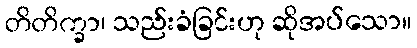
တိတိက္ခာ၊ သည်းခံခြင်းဟု ဆိုအပ်သော။